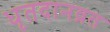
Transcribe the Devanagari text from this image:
धृतदानव्रत